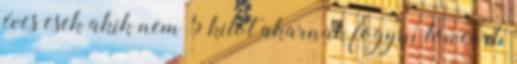
éves esek akik nem 5 kilót akarnak fogyni lowcarb